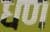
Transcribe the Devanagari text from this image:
धण